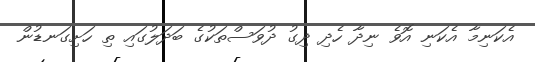
އެކަނިމާ އެކަނި އޮވެ ނިދާ ހެދި ދިގު ދުވަސްތަކުގެ ބަދަލުގައި ތި ހަށިގަނޑުން